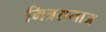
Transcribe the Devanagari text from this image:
मित्रसमाज